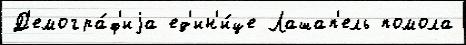
Д'емогра́ф'иjа ед'ин'и́це Лашап'ель помола